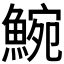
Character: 𩸩